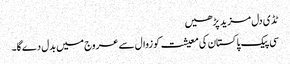
ٹڈی دل مزید پڑھیں
سی پیک پاکستان کی معیشت کو زوال سے عروج میں بدل دےگا۔